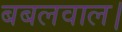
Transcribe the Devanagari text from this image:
बबलवाल।